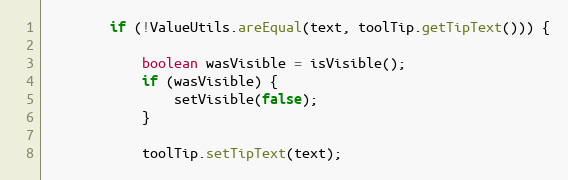
Language: Java
        if (!ValueUtils.areEqual(text, toolTip.getTipText())) {

            boolean wasVisible = isVisible();
            if (wasVisible) {
                setVisible(false);
            }

            toolTip.setTipText(text);